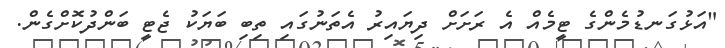
"އަޅުގަނޑުމެންގެ ޓީމެއް އެ ރަށަށް ދިޔައިރު އެތަނުގައި ތިބި ބަޔަކު ޖެޓީ ބަންދުކޮށްގެން.